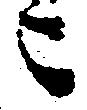
ニ